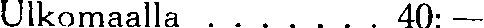
Ulkomaalla . . . . . . . 40: —